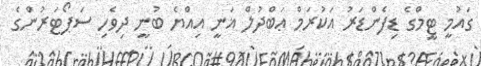
ގައުމީ ޓީމްގެ ޑިފެންޑަރު އަކުރަމް ޢަބްދުލް ޣަނީ އިއްޔެ ބުނީ ދިވެހި ސަޕޯޓަރުންގެ